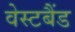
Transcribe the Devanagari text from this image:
वेस्टबैंड